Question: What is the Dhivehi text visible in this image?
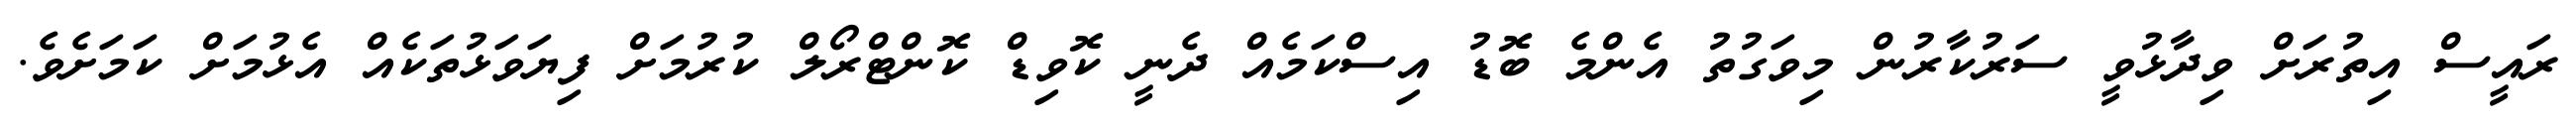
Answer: ރައީސް އިތުރަށް ވިދާޅުވީ ސަރުކާރުން މިވަގުތު އެންމެ ބޮޑު އިސްކަމެއް ދެނީ ކޮވިޑް ކޮންޓްރޯލް ކުރުމަށް ފިޔަވަޅުތަކެއް އެޅުމަށް ކަމަށެވެ.